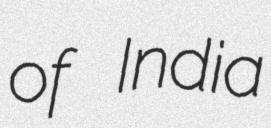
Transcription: of India